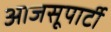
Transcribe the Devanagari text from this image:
आजसूपार्टी